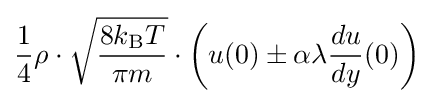
{\frac {1}{4}}\rho \cdot {\sqrt {\frac {8k_{\text{B}}T}{\pi m}}}\cdot \left(u(0)\pm \alpha \lambda {\frac {du}{dy}}(0)\right)